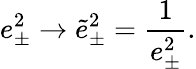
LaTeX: e_{\pm}^{2}\rightarrow\widetilde{e}_{\pm}^{2}=\frac{1}{e_{\pm}^{2}}.